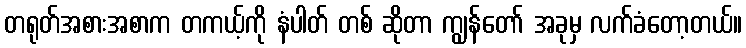
တရုတ်အစားအစာက တကယ့်ကို နံပါတ် တစ် ဆိုတာ ကျွန်တော် အခုမှ လက်ခံတော့တယ်။